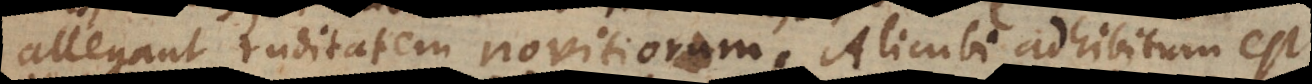
allegant ruditatem novitiorum. Alicubi adhibitum est